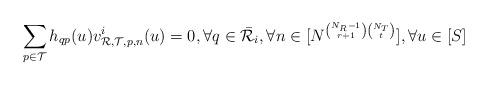
LaTeX: \begin{align*}\sum_{p\in \mathcal{T}}h_{qp}(u)v_{{\mathcal{R}},{\mathcal{T}},p,n}^i(u)=0, \forall q\in \bar{\mathcal{R}}_i, \forall n\in[N^{\binom{N_R-1}{r+1}\binom{N_T}{t}}], \forall u\in[S]\end{align*}